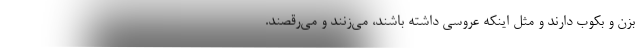
بزن و بكوب دارند و مثل اينكه عروسي داشته باشند، مي‌زنند و مي‌رقصند.